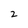
Character: 2